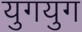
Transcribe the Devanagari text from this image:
युगयुग